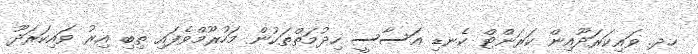
ހދ. ވައިކަރަދޫއިން ކަރަންޓް ކެނޑި އަސާސީ ހިދުމަތްތަކުން މަހުރޫމްވެފައި ތިބި އިރު ވައިކަރަދޫ